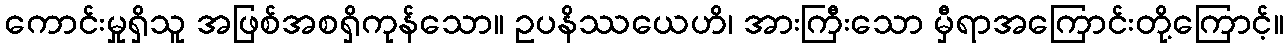
ကောင်းမှုရှိသူ အဖြစ်အစရှိကုန်သော။ ဥပနိဿယေဟိ၊ အားကြီးသော မှီရာအကြောင်းတို့ကြောင့်။